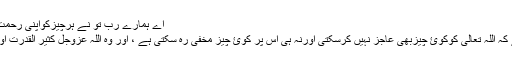
اے ہمارے رب تو نے ہرچیزکواپنی رحمت اورعلم سے گھيررکھا ہے غافر ( 7 )
اوریہ اسم اس یہ اعتراف بھی کرواتا ہے کہ اللہ تعالی کوکوئ چیزبھی عاجز نہیں کرسکتی اورنہ ہی اس پر کوئ چیز مخفی رہ سکتی ہے ، اور وہ اللہ عزوجل کثیر القدرت اور اس کی معلومات بھی بہت زیادہ ہیں ۔